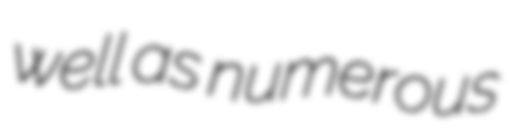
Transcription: well as numerous